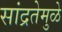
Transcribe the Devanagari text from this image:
सांद्रतेमुळे